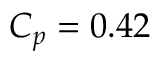
C _ { p } = 0 . 4 2